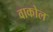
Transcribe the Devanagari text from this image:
वाकोल